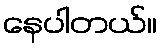
နေပါတယ်။